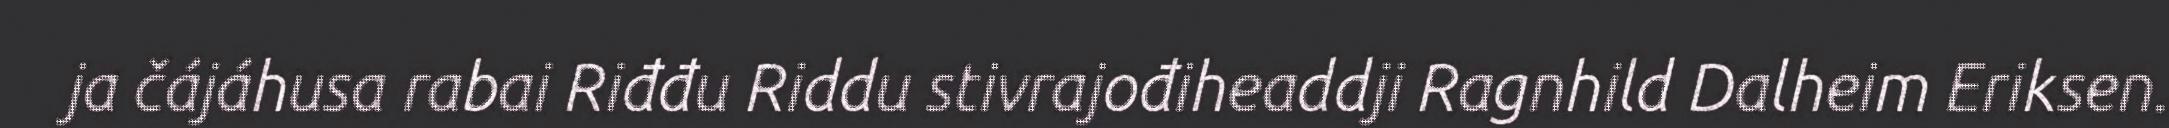
ja čájáhusa rabai Riđđu Riddu stivrajođiheaddji Ragnhild Dalheim Eriksen.